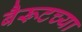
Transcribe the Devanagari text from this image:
बैरूटच्या